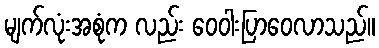
မျက်လုံးအစုံက လည်း ဝေဝါးပြာဝေလာသည်။